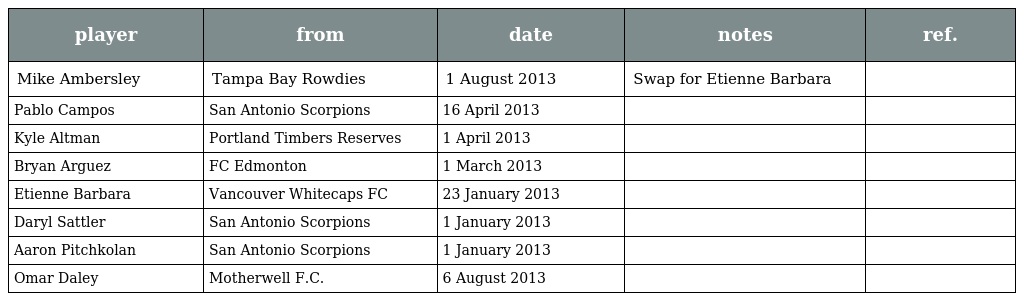
| player | from | date | notes | ref. |
 | --- | --- | --- | --- | --- |
 | Mike Ambersley | Tampa Bay Rowdies | 1 August 2013 | Swap for Etienne Barbara |  |
 | Pablo Campos | San Antonio Scorpions | 16 April 2013 |  |  |
 | Kyle Altman | Portland Timbers Reserves | 1 April 2013 |  |  |
 | Bryan Arguez | FC Edmonton | 1 March 2013 |  |  |
 | Etienne Barbara | Vancouver Whitecaps FC | 23 January 2013 |  |  |
 | Daryl Sattler | San Antonio Scorpions | 1 January 2013 |  |  |
 | Aaron Pitchkolan | San Antonio Scorpions | 1 January 2013 |  |  |
 | Omar Daley | Motherwell F.C. | 6 August 2013 |  |  |